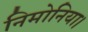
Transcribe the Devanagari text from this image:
निमोनिया।